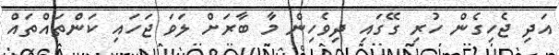
އަދި ޖެހިގެން ހުރި ގޭގައި ދިވެހިން މާ ބާރަށް ލަވަ ޖަހައި ކަންތައްތައް